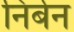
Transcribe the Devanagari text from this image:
निर्बन